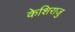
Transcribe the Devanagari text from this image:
केशिराजु